Annual report of the Central Committee of the Association together with the report of the directors of the Pasteur Institute at Kasauli
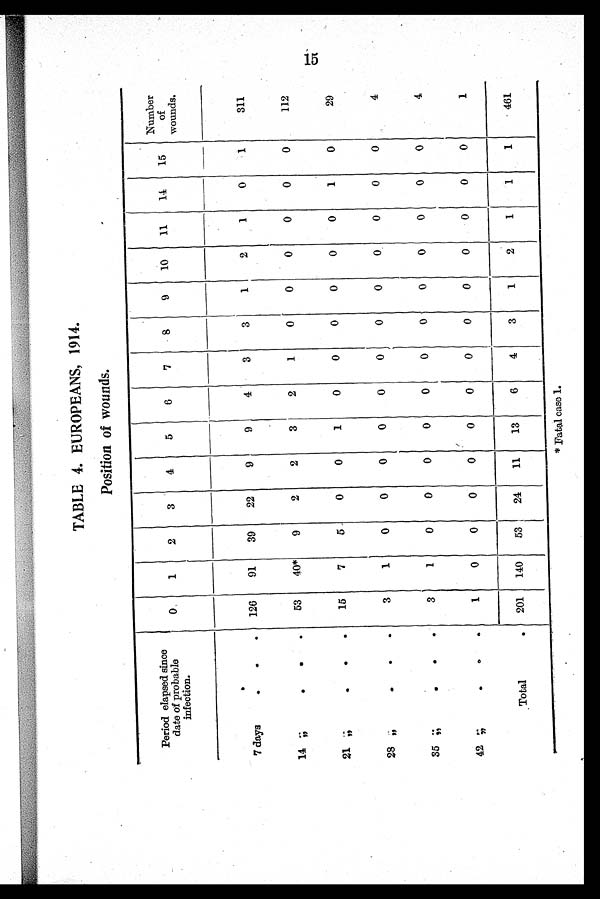
TABLE 4. EUROPEANS, 1914.
Position of wounds.
Period elapsed since
date of probable
infection.
0
1
2
3
4
5
6
7
8
9
10
11
14
15
Number
of
wounds.
7 days
.
.
. 126
91
39
22
9
9
4
3
3
1
2
1
0
1
311
14
; ;
. . .
53
40*
9
2
2
3
2
1
0
0
0
0
0
0
112
21 ;;
.
.
.
15
7
5
0
0
1
0
0
0
0
0
0
1
0
29
28 ;;
.
.
.
3
1
0
0
0
0
0
0
0
0
0
0
0
0
4
35 ;; . . .
3
1
0
0
0
0
0
0
0
0
0
0
0
0
4
42
;; . . .
1
0
0
0
0
0
0
0
0
0
0
0
0
0
1
Total
. 201
140
53
24
11
13
6
4
3
1
2
1
1
1
461
* Fatal case 1. 15